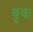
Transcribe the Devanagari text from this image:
बृक